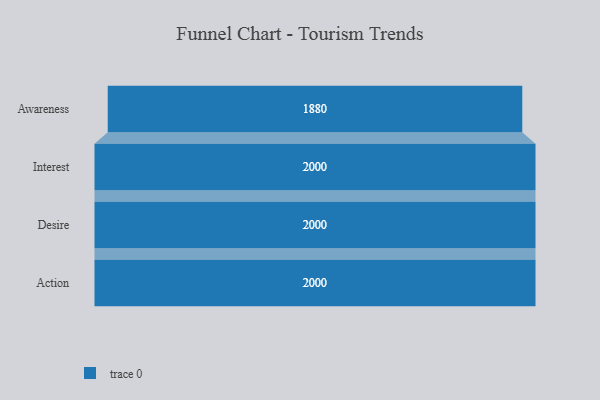
{"axis": {"x": "Stage", "y": "Value"}, "legend": [""], "data": [{"x": "Awareness", "y": 1880.0, "type": ""}, {"x": "Interest", "y": 2000, "type": ""}, {"x": "Desire", "y": 2000, "type": ""}, {"x": "Action", "y": 2000, "type": ""}]}